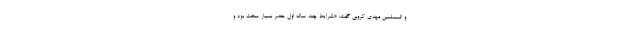
و المسلمین مهدی کروبی گفت: «شرایط چند ساله اول حصر بسیار سخت بود و